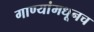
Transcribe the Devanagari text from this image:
गाण्यांमधूनच